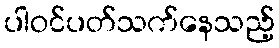
ပါဝင်ပတ်သက်နေသည့်